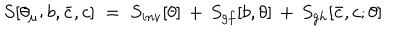
S [ \theta _ { \mu } ; b , { \bar { c } } , c ] \; = \; S _ { i n v } [ \theta ] \, + \, S _ { g f } [ b , \theta ] \, + \, S _ { g h } [ { \bar { c } } , c ; \theta ]